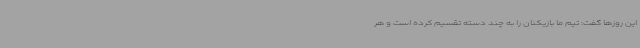
این روزها گفت: تیم ما بازیکنان را به چند دسته تقسیم کرده است و هر